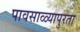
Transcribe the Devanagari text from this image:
पावसाळ्यापुरता